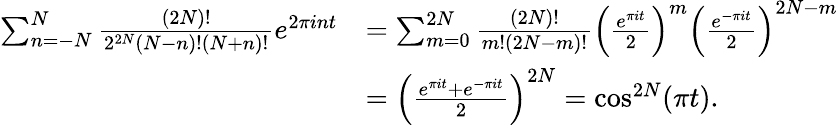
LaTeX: \begin{array}{rl}{\sum_{n=-N}^{N}\frac{(2N)!}{2^{2N}\left(N-n\right)!\left(N+n\right)!}e^{2\pi int}}&{=\sum_{m=0}^{2N}\frac{(2N)!}{m!\left(2N-m\right)!}\left(\frac{e^{\pi it}}{2}\right)^{m}\left(\frac{e^{-\pi it}}{2}\right)^{2N-m}}\\ &{=\left(\frac{e^{\pi it}+e^{-\pi it}}{2}\right)^{2N}=\cos^{2N}(\pi t).}\end{array}